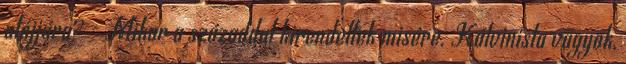
utójjára? - Mikor a századdal kirendeltek misére. Kálvinista vagyok,